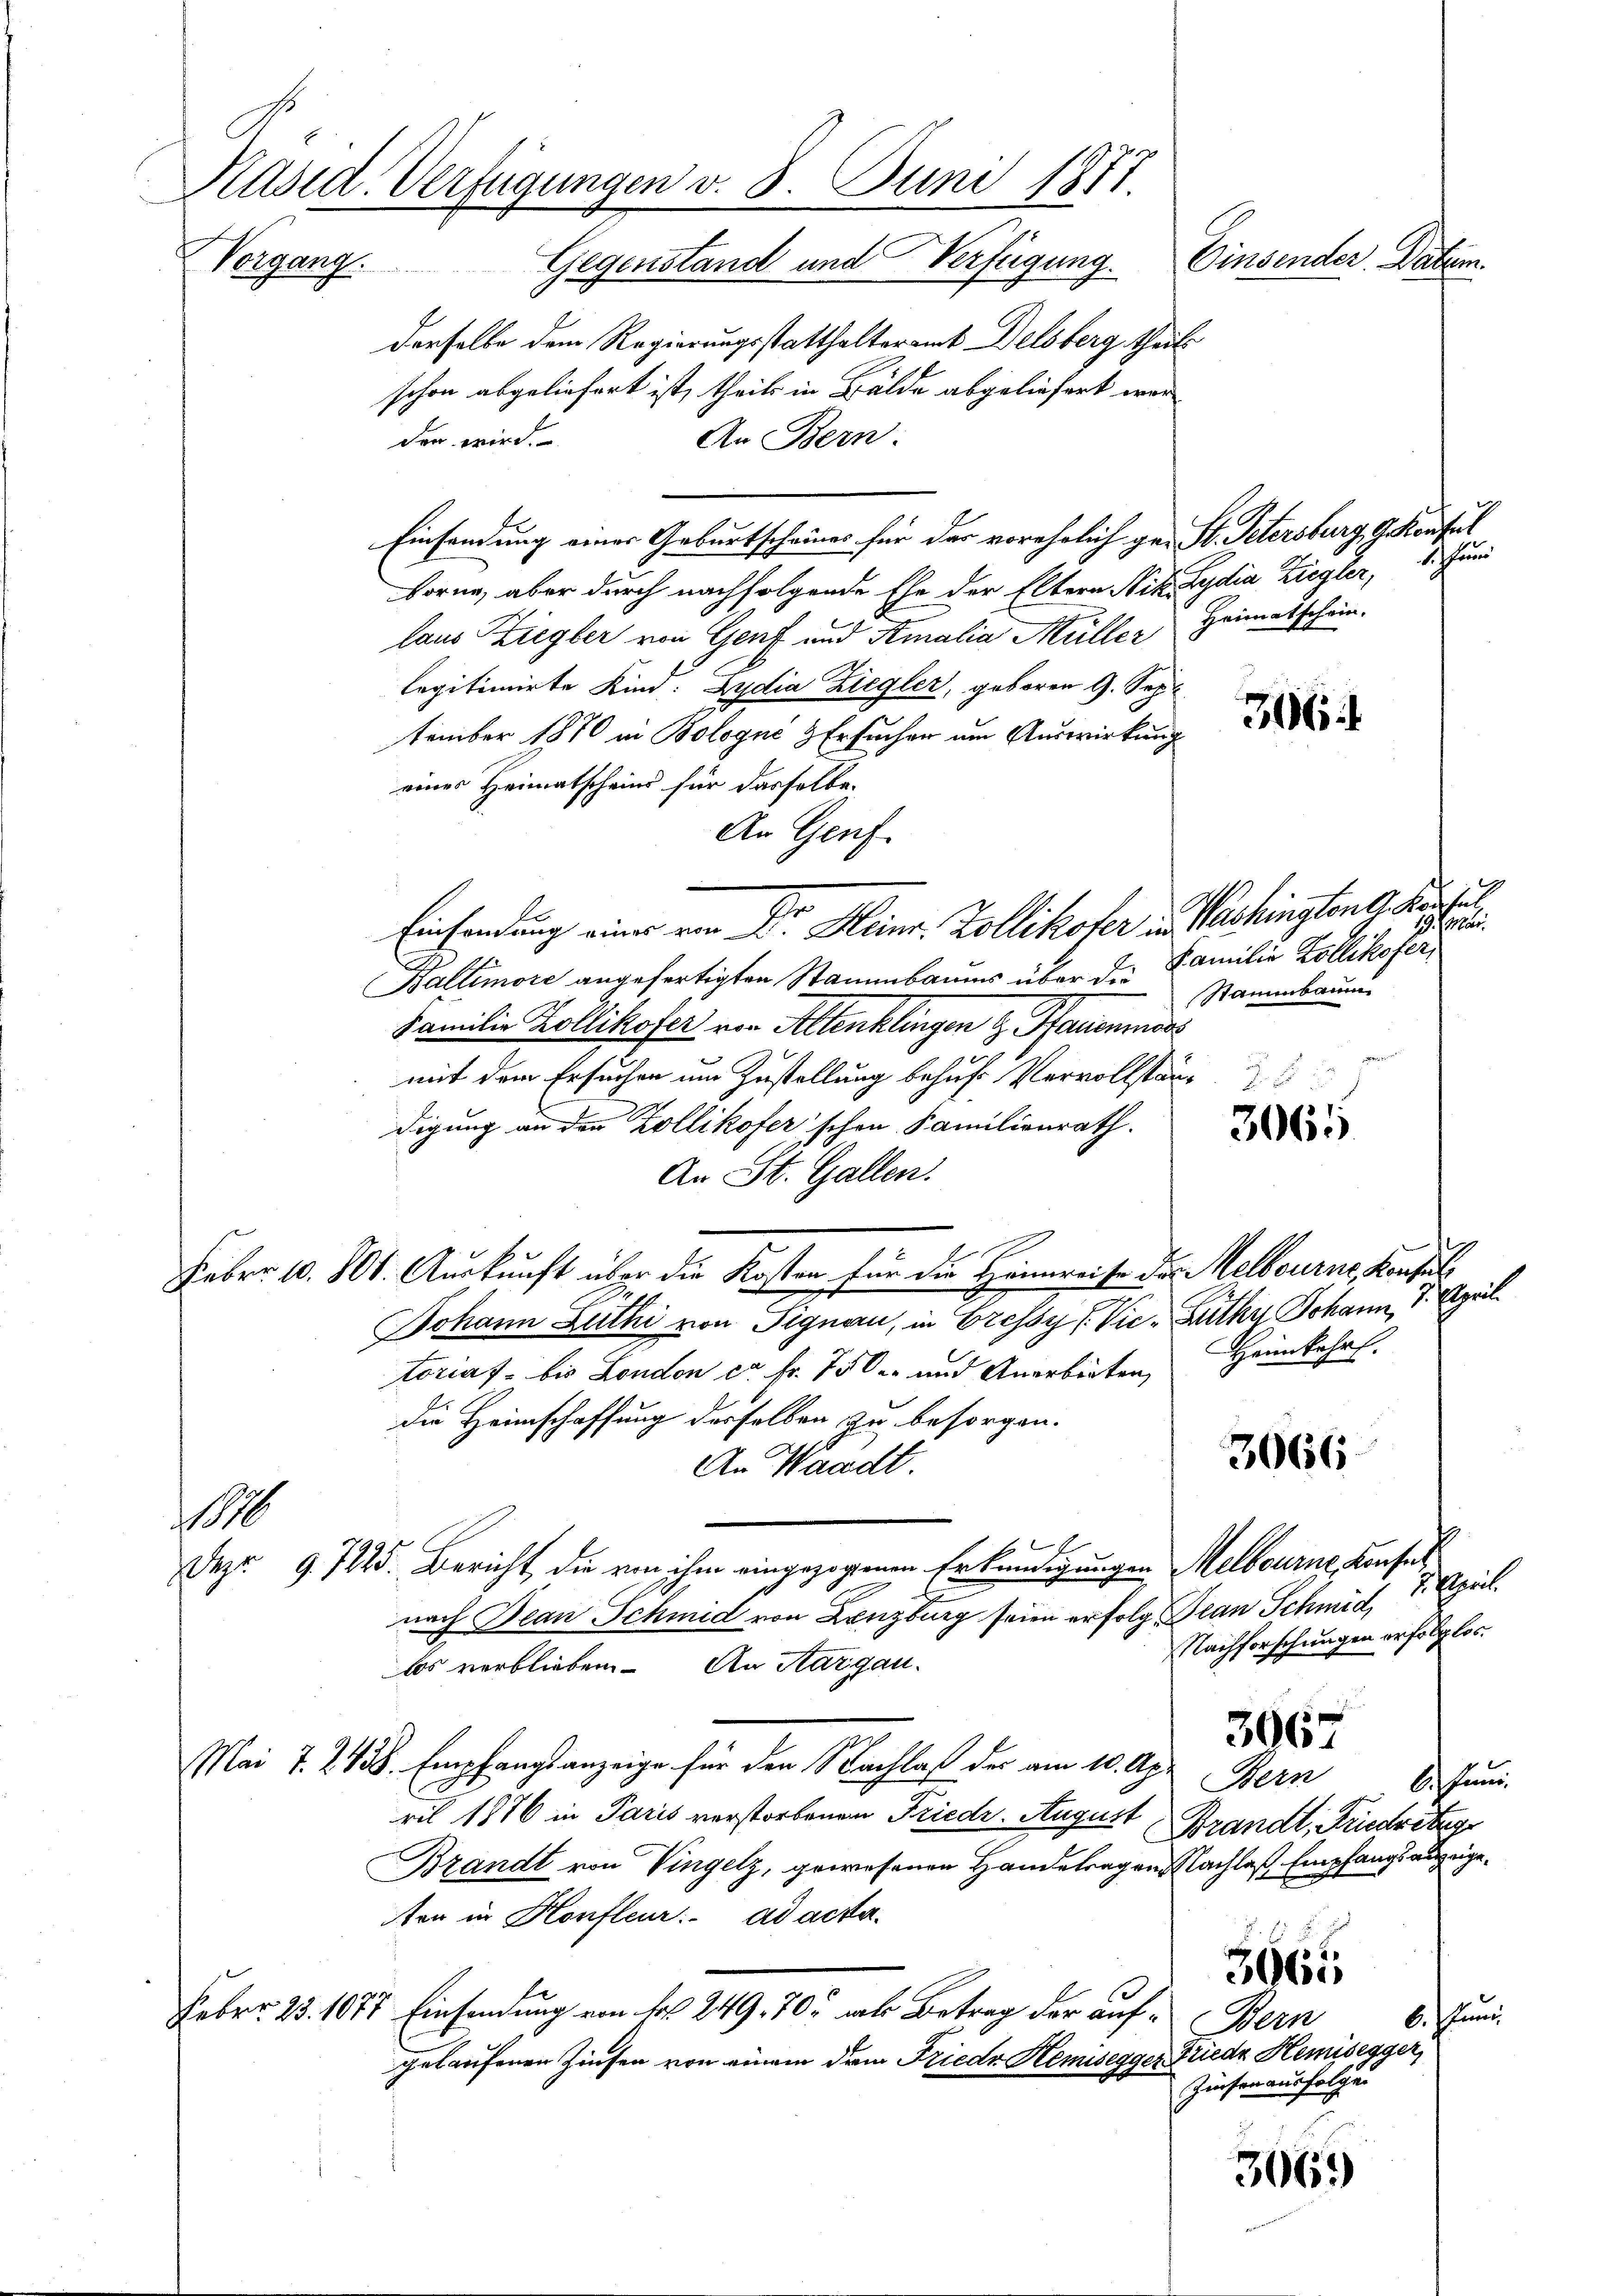
Päsid. Verfügungen v. 8. Juni 1877
Einsender Datum.
Vorgang. Gegenstand und Verfügung.

derselbe dem Regierungsstatthalteramt Delsberg theils
schon abgeliefert ist, theils in Bälde abgeliefert worden wird.
An Bern.
Einsendung einer Geburtscheines für der vorehelich ge- St. Petersburg gekonsul
borne, aber durch nachfolgende Ehe der Eltern Vit. Lydia Ziegler, 1. Juni
laus Ziegler von Genf und Amalia Müller Heimatschein.
legitimirte Kind: Lydia Ziegler, geboren 9. Sep
tember 1870 in Bologué & Ersucher um Auswirkung
eines Heimatscheins für dasselbe
An Genf.
Einsendung einer von Dr. Heinr. Zollikofer in Washingten G. Köni
Baltimore angefertigten Stammbaums über die Familie Zollikofer
Familie Kollikofer von Altenklingen & Pfauenmass
mit dem Ersuchen um Zustellung behuf Vervollständ
digung an der Zollikofer schon Familienrath.
An St. Gallen.
Febr. 10. 101. Auskunft über die Kosten für die Heimreise des Melbourne Konsul,
Johann Luthi von Signau, in Gressy (Vic- Lüthy Johann, 1. April
toriaf - bis London ca Fr. 750 und Anarbeiten, Heimkehrs
die Heimschaffung derselben zu besorgen.
3066
An Waadt.
10
E
Dez. 9. 7125. Bericht die von ihm eingezogenen Erkundigungen Melbourne, Konsel
nach Dean Schmid von Lenzburg seien erfolg. Gran Schmid
Nachforschungen erfolglos.
bs verblieben. An Aargau.
3067
Mai 7. 243. Empfangsanzeige für den Nachlaß der am 10. Apr Bern
ril 1876 in Paris verstorbenen Friede. August Brandt, Friedritag
Brandt von Vingelz, gewesenen Handetragen Nachlaß Empfangs anzeigeten in Konfleur. ad acta.
3665
Febr. 25. 1077 Einsendung von Fr. 249. 705 mal Betrag der auf¬
Bern
gelaufenen Zinsen von einem dein Friedr Hemisegger Friede Hemisesger
Zinsen ausfolgen
3069

36

n
Stammbaum

3065

s. Esprit

s

b.) Ferne

6. Jun